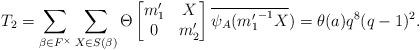
LaTeX: \begin{align*} T_2= \sum_{\beta \in F^{\times}}\sum_{X \in S(\beta)}\Theta \begin{bmatrix} m_1' & X\\ 0 & m_2' \end{bmatrix}\overline{\psi_A({m_1'}^{-1}X})=\theta(a)q^8(q-1)^2.\end{align*}